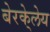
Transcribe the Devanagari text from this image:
बेरके्लेय